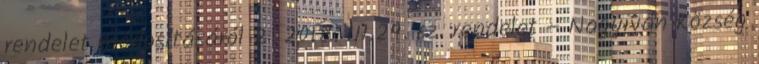
rendelet módosításáról 2 2018. III.29. sz. rendelet – Nagyiván Község